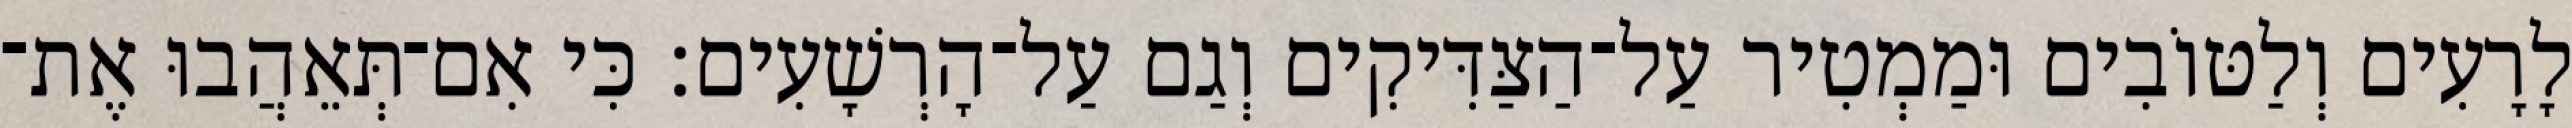
לָרָעִים וְלַטּוֹבִים וּמַמְטִיר עַל־הַצַּדִּיקִים וְגַם עַל־הָרְשָׁעִים׃ כִּי אִם־תְּאֵהֲבוּ אֶת־